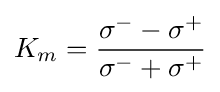
K_{m}={\frac {\sigma ^{-}-\sigma ^{+}}{\sigma ^{-}+\sigma ^{+}}}